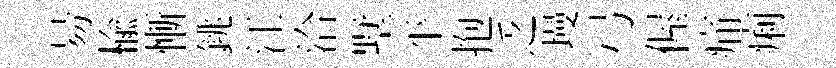
昜榆慚銚江洽墅平抱乏墁弓偓痛痢